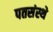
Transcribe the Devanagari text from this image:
पतसंस्थे